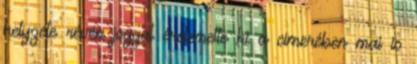
helyzete révén joggal érdemelte ki a címerében mai is